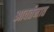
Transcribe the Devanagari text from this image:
आवर्तनात